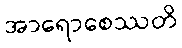
အာရောစေဿတိ